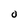
Character: 0